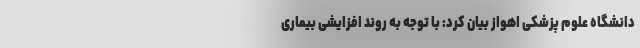
دانشگاه علوم پزشکی اهواز بیان کرد: با توجه به روند افزایشی بیماری